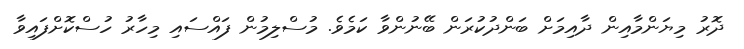
ދޮރު މިޔަންމާއިން ދާއިމަށް ބަންދުކުރަން ބޭނުންވާ ކަމެވެ. މުސްލިމުން ފައްސައި މިހާރު ހުސްކޮށްފައިވާ